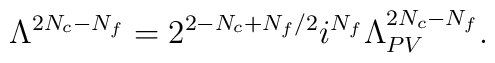
\Lambda^{2N_c-N_f} =2^{2-N_c+N_f/2}i^{N_f}\Lambda_{PV}^{2N_c-N_f}.